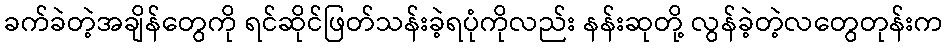
ခက်ခဲတဲ့အချိန်တွေကို ရင်ဆိုင်ဖြတ်သန်းခဲ့ရပုံကိုလည်း နန်းဆုတို့ လွန်ခဲ့တဲ့လတွေတုန်းက